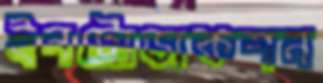
ইনট্রোডাকশন